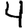
Digit: 4